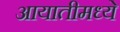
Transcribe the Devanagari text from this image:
आयातीमध्ये